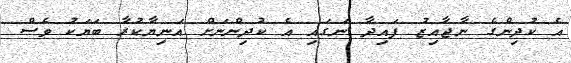
އެ ކުދިންގެ ނާޖާއިޒު ފައިދާ ނަގައި އެ ކުދިންނަށް އަނިޔާކުރާ ބަޔަކު ވެސް